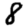
Digit: 8